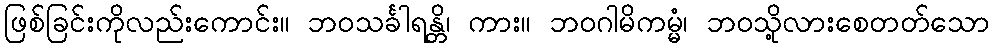
ဖြစ်ခြင်းကိုလည်းကောင်း။ ဘဝသင်္ခါရန္တိ၊ ကား။ ဘဝဂါမိကမ္မံ၊ ဘဝသို့လားစေတတ်သော